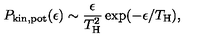
P _ { \mathrm { k i n , p o t } } ( \epsilon ) \sim { \frac { \epsilon } { T _ { \mathrm { H } } ^ { 2 } } } \exp ( - \epsilon / T _ { \mathrm { H } } ) ,